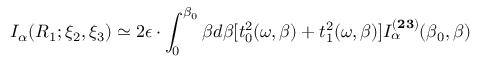
I _ { \alpha } ( R _ { 1 } ; { \xi } _ { 2 } , { \xi } _ { 3 } ) \simeq 2 { \epsilon } \cdot \int _ { 0 } ^ { { \beta } _ { 0 } } { \beta } d { \beta } [ t _ { 0 } ^ { 2 } ( { \omega } , { \beta } ) + t _ { 1 } ^ { 2 } ( { \omega } , { \beta } ) ] I _ { \alpha } ^ { ( { \bf 2 3 } ) } ( { \beta } _ { 0 } , { \beta } )